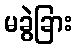
မခွဲခြား